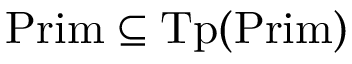
{ \mathrm { P r i m } } \subseteq { \mathrm { T p } } ( { \mathrm { P r i m } } )